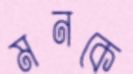
মনকে